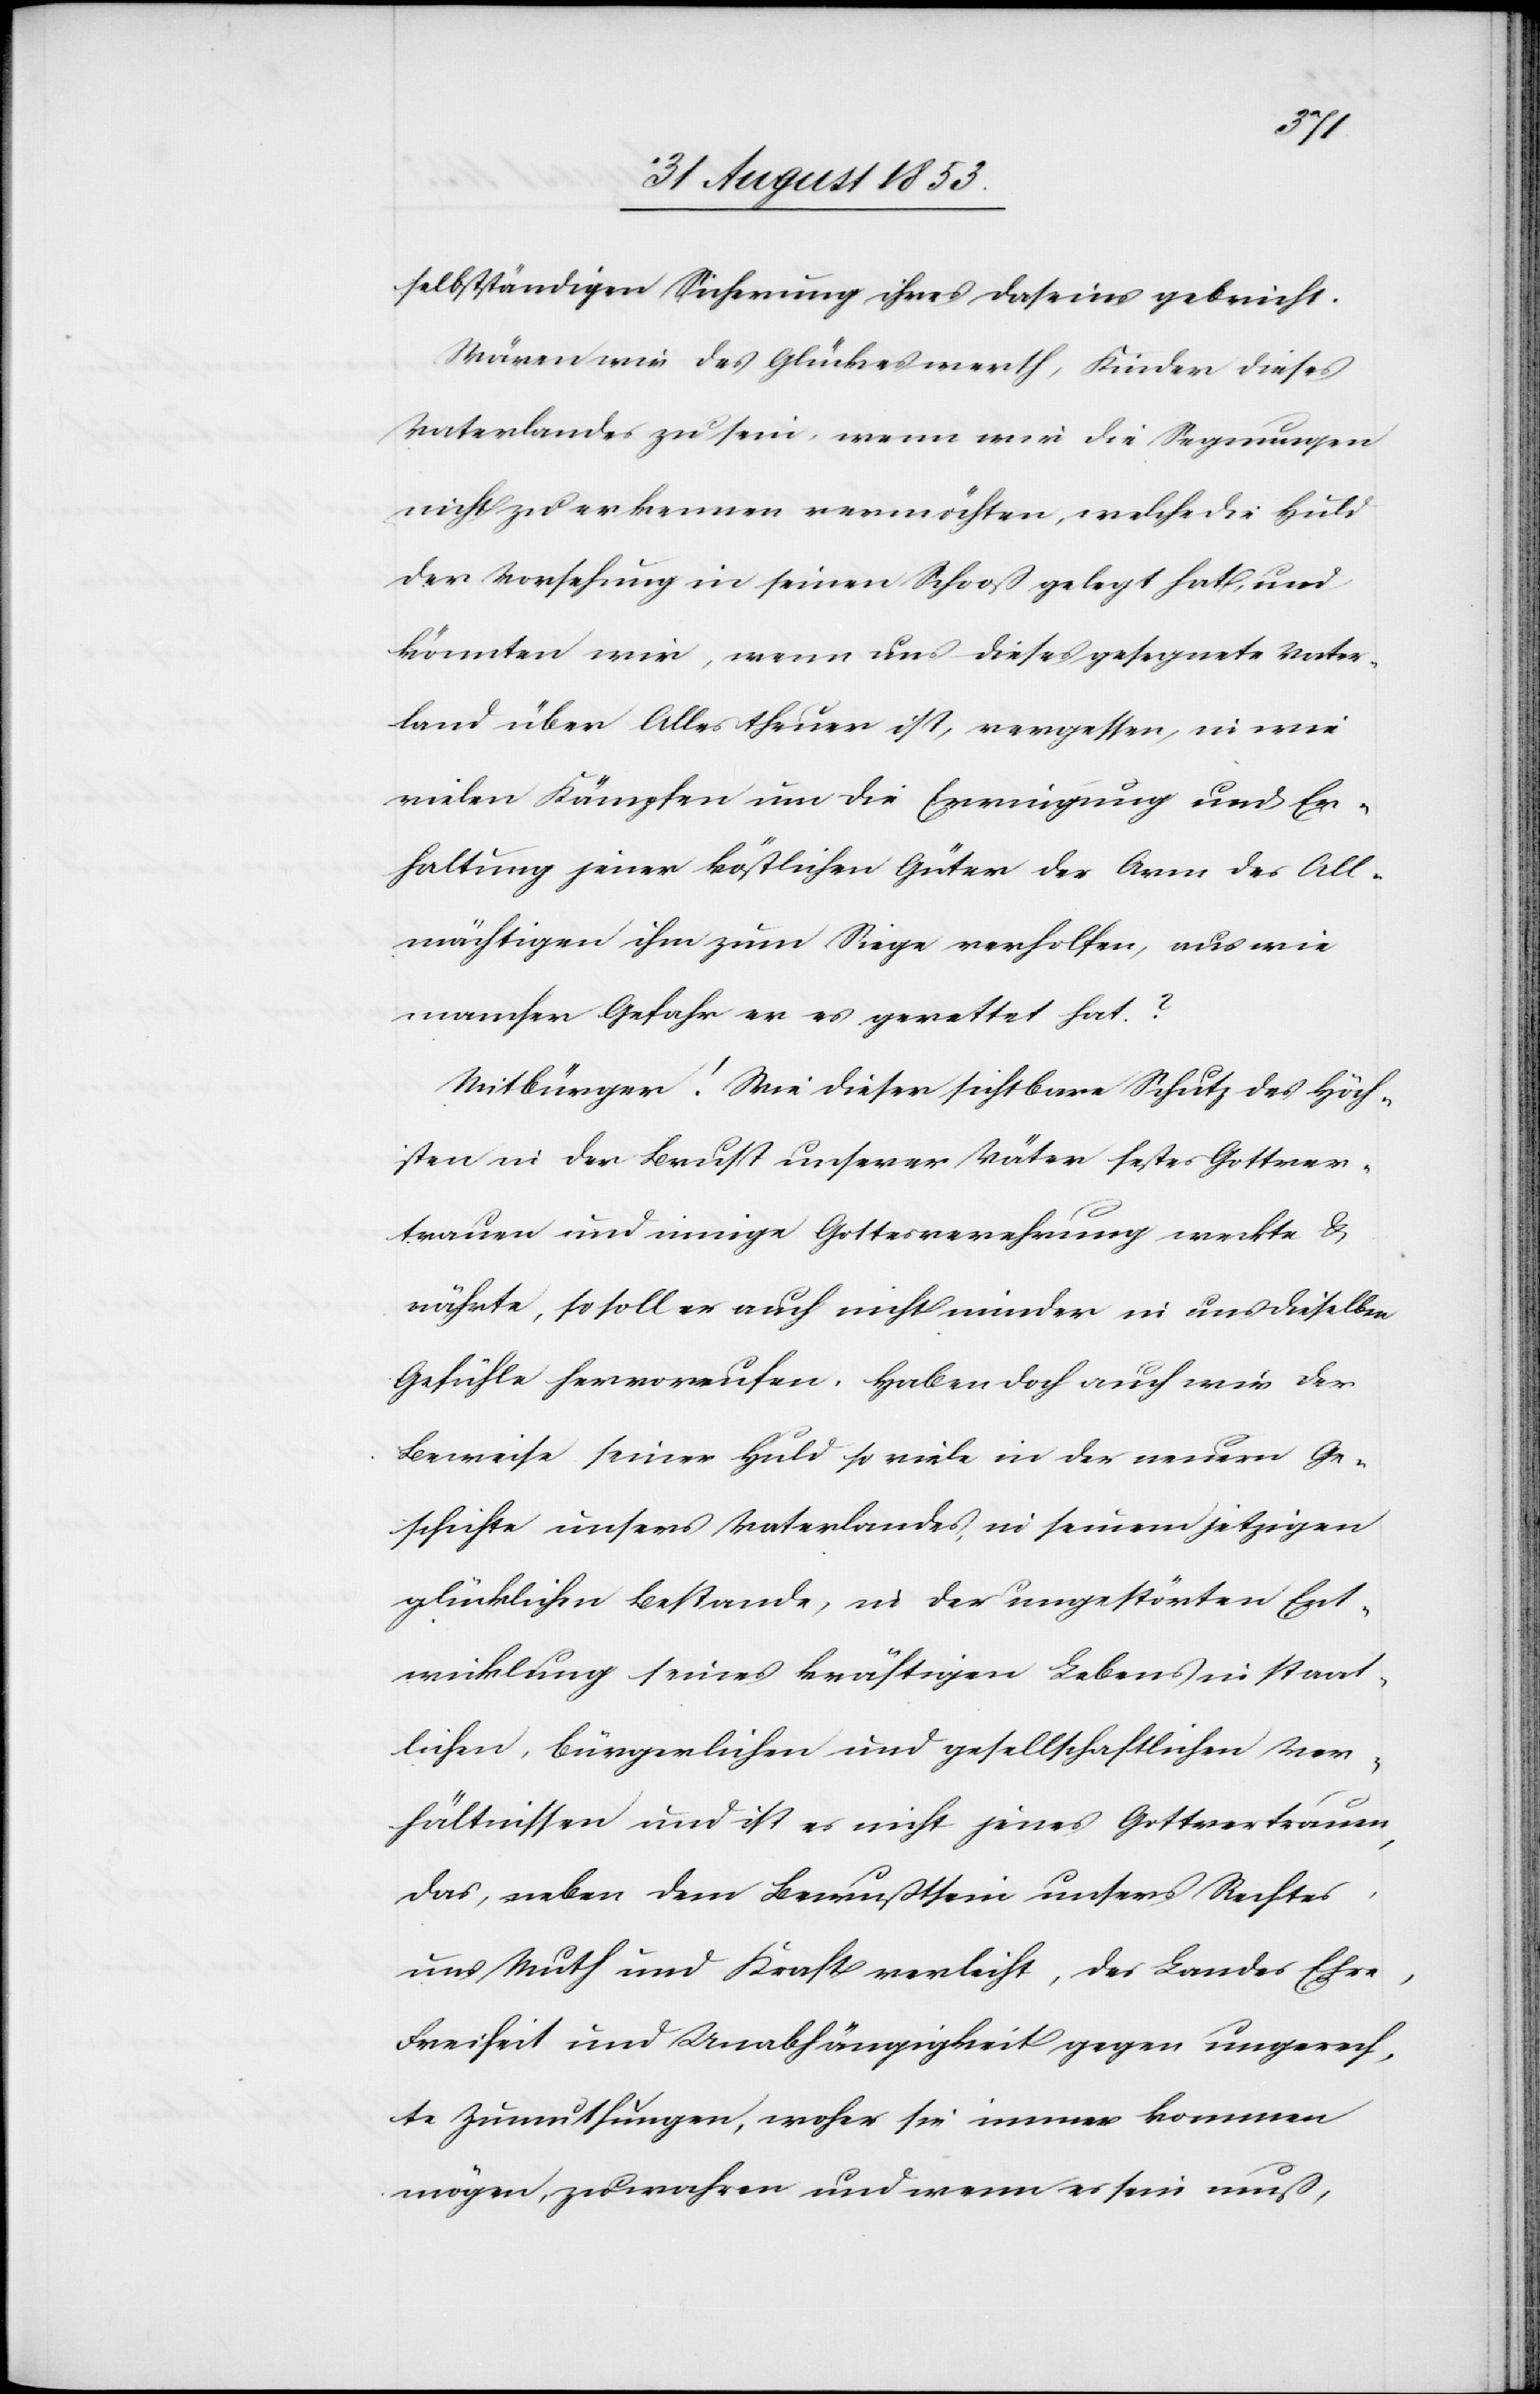
selbständigen Rechnung ihres Daseins gebricht.
Wären wir des Glückes werth, Kinder dieses
Vaterlandes zu sein, wenn wir die Segnungen
nicht zu erkennen vermöchten, welche die Huld
der Vorsehung in seinen Schooß gelegt hat, und
könnten wir, wenn uns dieses gesegnete Vater¬
land über Alles theuer ist, vergessen, in wie
vielen Kämpfen um die Erringung und Er¬
haltung jener köstlichen Güter als Arm des All¬
mächtigen ihm zum Siege verholfen, aus wie
mancher Gefahr er es gerettet hat?
Mitbürger! Wie dieser sichtbare Schutz des Höch¬
sten in der Brust unserer Väter festes Gottver¬
trauen und einige Gottverehrung weckte u.
währte, so soll es auch nicht minder in uns dieselben
Gefühle hervorrufen. Haben doch auch wir der
glücklichen Bestande, in der ungestörten Ent¬
wicklung seines kräftigen Lebens in staat¬
lichen, bürgerlichen und gesellschaftlichen Ver¬
hältnissen und ist es nicht jenes Gottvertrauen,
das, neben dem Bewusstsein unsers Rechtes
uns Muth und Kraft verleiht, des Landes Ehre,
Freiheit und Unabhängigkeit gegen ungerech¬
te Zumuthungen, woher sie immer kommen
mögen, zu wahren und wenn es sein muß,